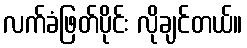
လက်ခံဖြတ်ပိုင်း လိုချင်တယ်။